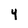
Character: 4